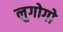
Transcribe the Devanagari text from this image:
लुगोगो